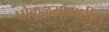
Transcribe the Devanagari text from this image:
पोकळयांमधील